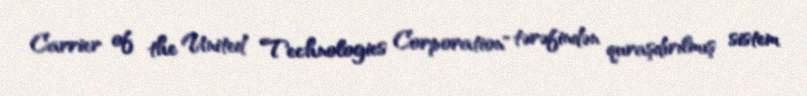
Carrier of the United Technologies Corporation" tərəfindən quraşdırılmış sistem